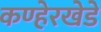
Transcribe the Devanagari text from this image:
कण्हेरखेडे